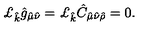
\pounds _ { \hat { k } } \hat { g } _ { \hat { \mu } \hat { \nu } } = \pounds _ { \hat { k } } \hat { C } _ { \hat { \mu } \hat { \nu } \hat { \rho } } = 0 .